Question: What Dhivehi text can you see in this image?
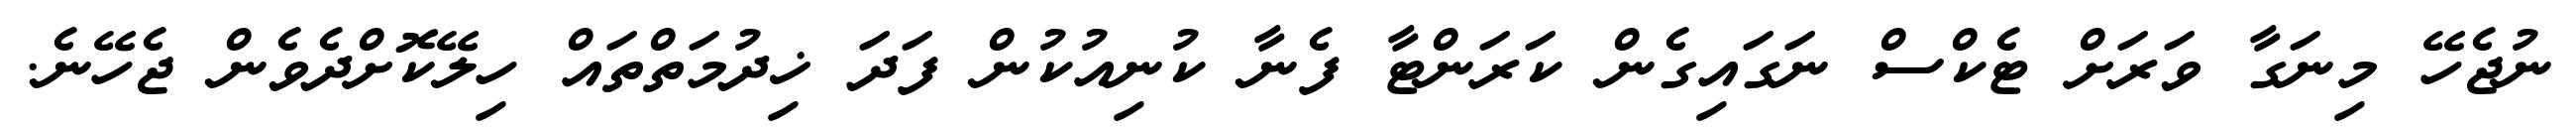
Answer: ނުޖެހޭ މިނަގާ ވަރަށް ޓެކްސް ނަގައިގެން ކަރަންޓާ ފެނާ ކުނިއުކުން ފަދަ ޚިދުމަތްތައް ހިލޭކޮށްދެވެން ޖެހޭނެ.